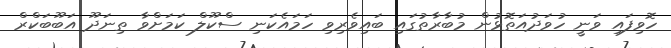
ހޮވިފައި ވަނީ ހުވަދުއަތޮޅުން މުބާރާތުގައި ބައިވެރިވި ހަމައެކަނި ސްކޫލް ކަމަށްވާ ތިނަދޫ އަބޫބަކްރް